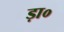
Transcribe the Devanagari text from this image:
ड़ा०